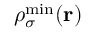
\rho _ { \sigma } ^ { \mathrm { m i n } } ( { \bf r } )